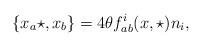
LaTeX: \begin{align*}\{x_a\star ,x_b\}=4\theta f_{ab}^i(x,\star) n_i ,\end{align*}